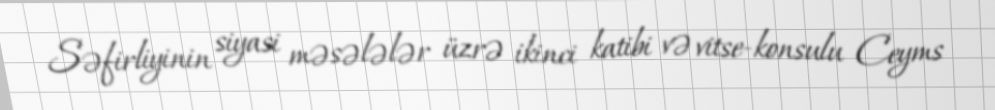
Səfirliyinin siyasi məsələlər üzrə ikinci katibi və vitse-konsulu Ceyms